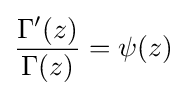
{\frac {\Gamma '(z)}{\Gamma (z)}}=\psi (z)